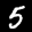
Label: 5